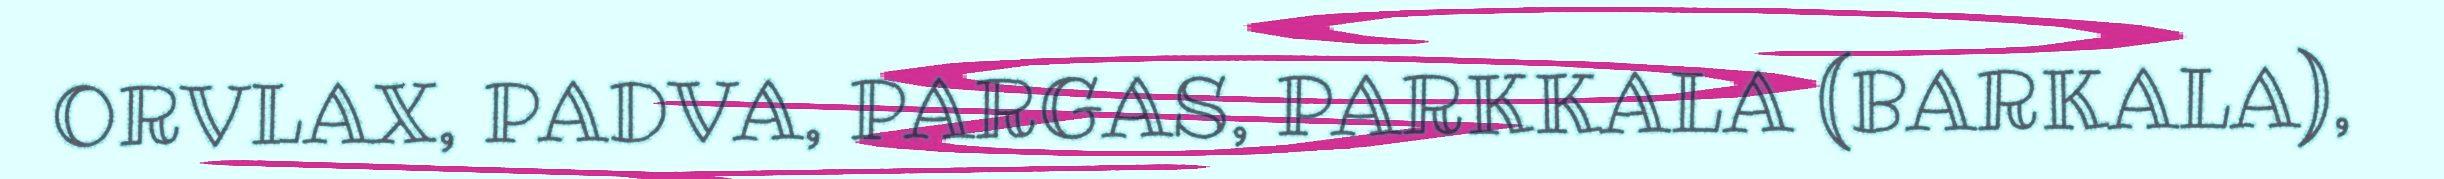
ORVLAX, PADVA, PARGAS, PARKKALA (BARKALA),